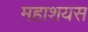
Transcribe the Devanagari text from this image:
महाशयस